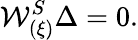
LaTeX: {\cal W}_{(\xi)}^{S}\Delta=0.